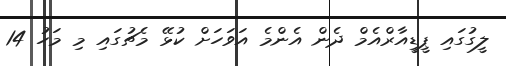
ލީގުގައި ޕީޑީއާރްއެމް ދެން އެންމެ އަވަހަށް ކުޅޭ މެޗުގައި މި މަހު 14